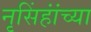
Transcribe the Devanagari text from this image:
नृसिंहांंच्या